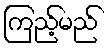
ကြည့်မည်